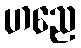
ဟညေ